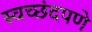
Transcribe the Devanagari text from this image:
स्वच्छंदपणे